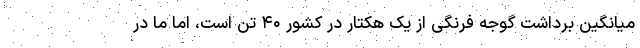
میانگین برداشت گوجه فرنگی از یک هکتار در کشور ۴۰ تن است، اما ما در